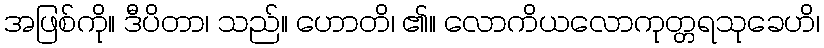
အဖြစ်ကို။ ဒီပိတာ၊ သည်။ ဟောတိ၊ ၏။ လောကိယလောကုတ္တရသုခေဟိ၊